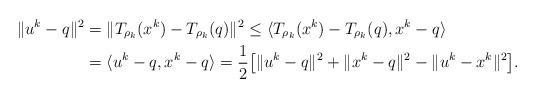
LaTeX: \begin{align*}\begin{aligned}\|u^{k} - q \|^2 & = \|T_{\rho_k}(x^k) - T_{\rho_k}(q)\|^2 \leq \langle T_{\rho_k}(x^k) - T_{\rho_k}(q) , x^{k} - q \rangle \\ & = \langle u^k - q, x^k - q \rangle = \frac{1}{2}\big[\|u^k - q\|^2 + \|x^{k} - q \|^2 - \|u^k - x^k\|^2 \big].\end{aligned}\end{align*}